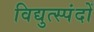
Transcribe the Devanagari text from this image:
विद्युत्स्पंदों